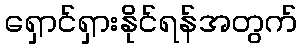
ရှောင်ရှားနိုင်ရန်အတွက်